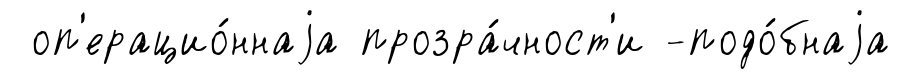
оп'ерацио́ннаjа прозра́чност'и -подо́бнаjа